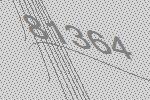
81364